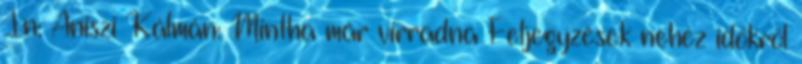
In: Aniszi Kálmán: Mintha már virradna Feljegyzések nehéz időkről